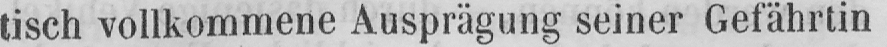
tisch vollkommene Ausprägung seiner Gefährtin